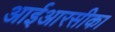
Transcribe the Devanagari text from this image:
आईआरसीका